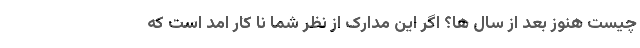
چیست هنوز بعد از سال ها؟ اگر این مدارک از نظر شما نا کار امد است که